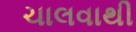
ચાલવાથી